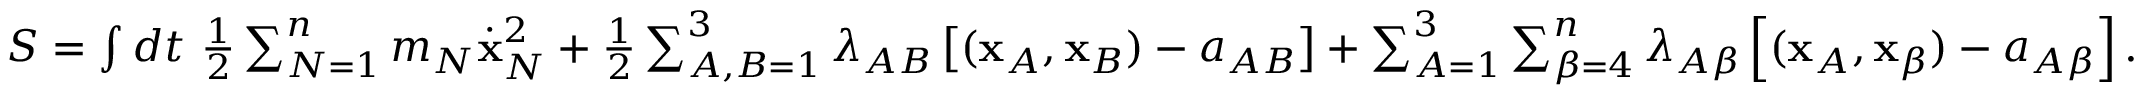
\begin{array} { r } { S = \int d t ~ \frac 1 2 \sum _ { N = 1 } ^ { n } m _ { N } \dot { \bf x } _ { N } ^ { 2 } + \frac 1 2 \sum _ { A , B = 1 } ^ { 3 } \lambda _ { A B } \left[ ( { \bf x } _ { A } , { \bf x } _ { B } ) - a _ { A B } \right] + \sum _ { A = 1 } ^ { 3 } \sum _ { \beta = 4 } ^ { n } \lambda _ { A \beta } \left[ ( { \bf x } _ { A } , { \bf x } _ { \beta } ) - a _ { A \beta } \right] . } \end{array}